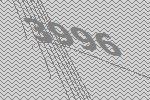
3996